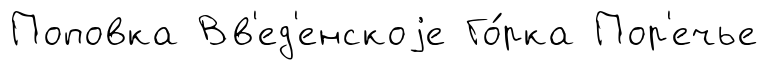
Поповка Вв'ед'енскоjе Го́рка Пор'ечье